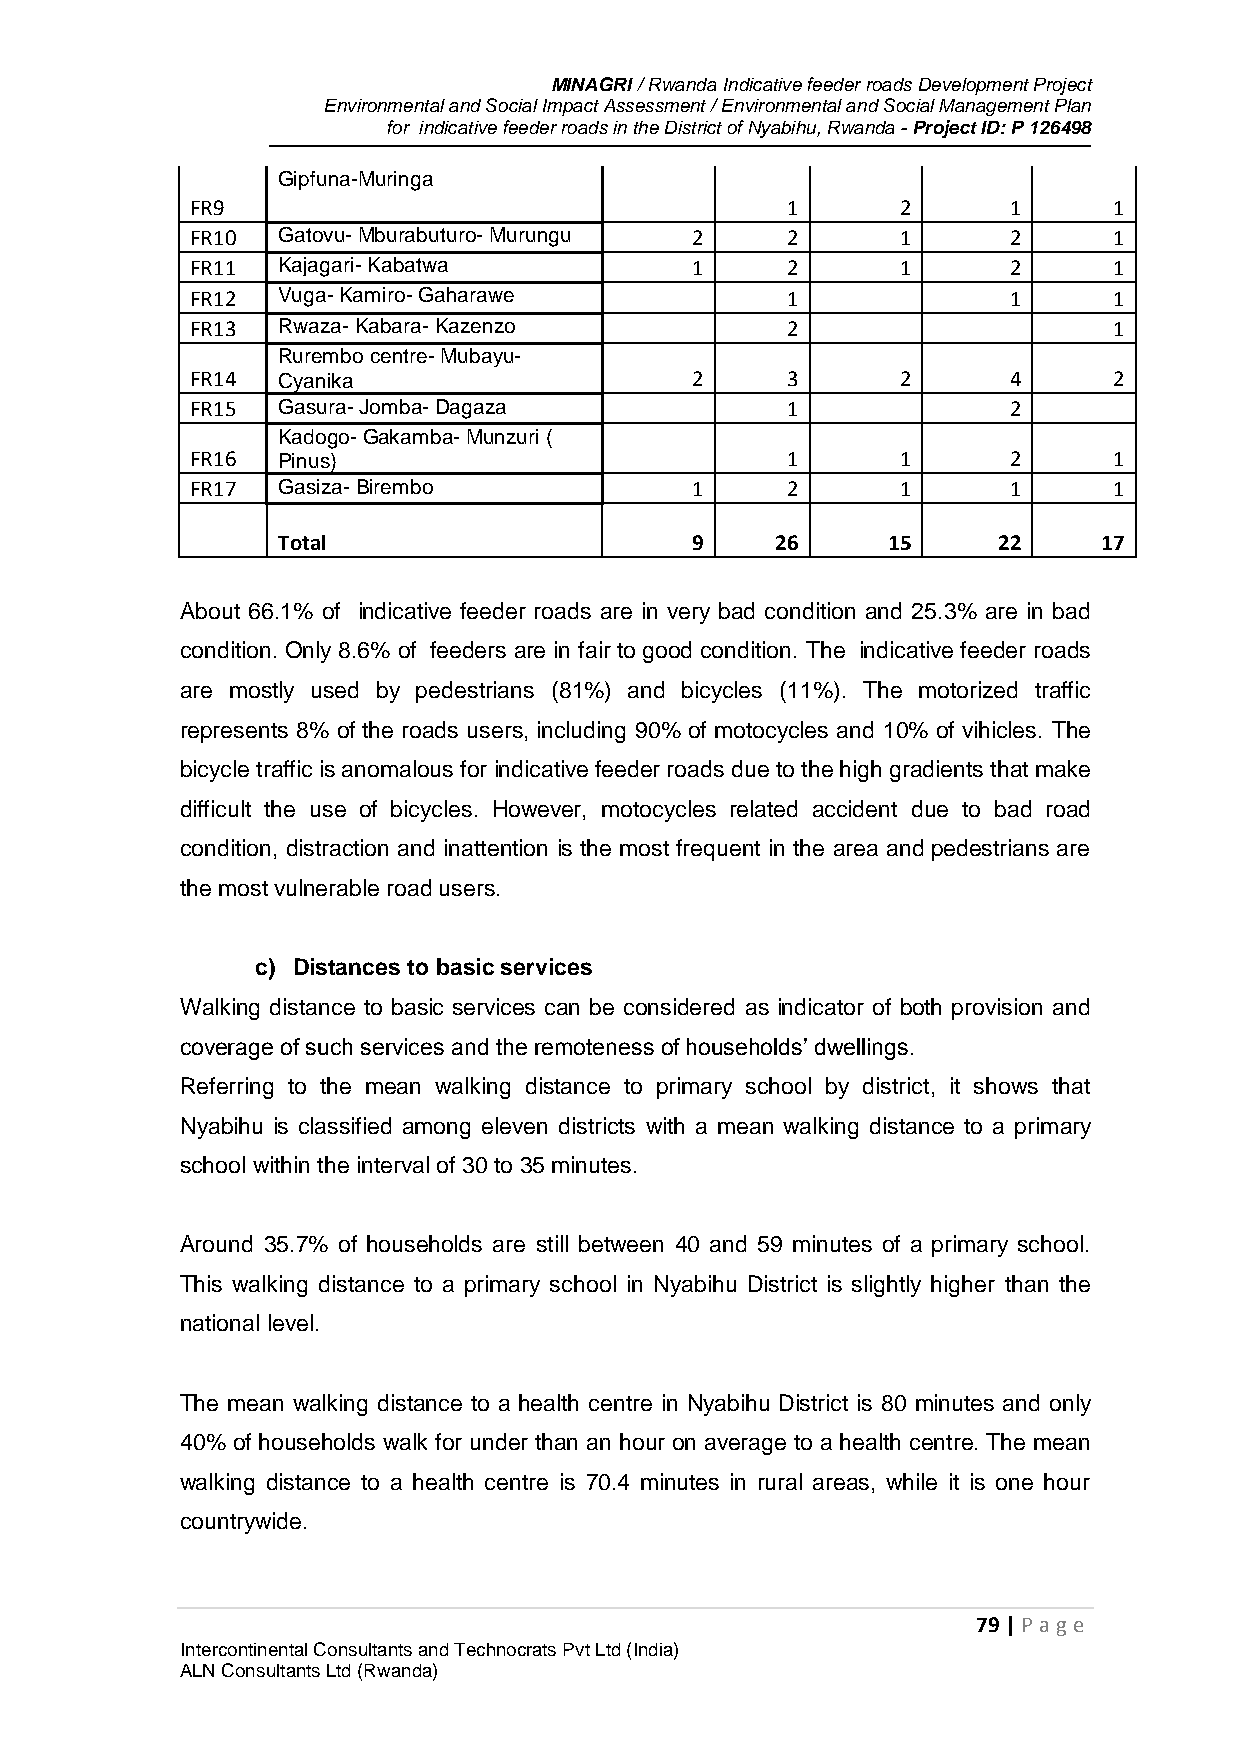
MINAGRI / Rwanda Indicative feeder roads Development Project
 Environmental and Social Impact Assessment / Environmental and Social Management Plan
 for indicative feeder roads in the District of Nyabihu, Rwanda - Project ID: P 126498
 Gipfuna-Muringa
 FR9                                    1       2      1      1
 FR10 Gatovu- Mburabuturo- Murungu 2    2       1      2      1
 FR11 Kajagari- Kabatwa           1     2       1      2      1
 FR12 Vuga- Kamiro- Gaharawe            1              1      1
 FR13 Rwaza- Kabara- Kazenzo            2                     1
 Rurembo centre- Mubayu-
 FR14 Cyanika                     2     3       2      4      2
 FR15 Gasura- Jomba- Dagaza             1              2
 Kadogo- Gakamba- Munzuri (
 FR16 Pinus)                            1       1      2      1
 FR17 Gasiza- Birembo             1     2       1      1      1
 Total                       9    26      15     22     17
 About 66.1% of indicative feeder roads are in very bad condition and 25.3% are in bad
 condition. Only 8.6% of feeders are in fair to good condition. The indicative feeder roads
 are mostly used by pedestrians (81%) and bicycles (11%). The motorized traffic
 represents 8% of the roads users, including 90% of motocycles and 10% of vihicles. The
 bicycle traffic is anomalous for indicative feeder roads due to the high gradients that make
 difficult the use of bicycles. However, motocycles related accident due to bad road
 condition, distraction and inattention is the most frequent in the area and pedestrians are
 the most vulnerable road users.
 c) Distances to basic services
 Walking distance to basic services can be considered as indicator of both provision and
 coverage of such services and the remoteness of households’ dwellings.
 Referring to the mean walking distance to primary school by district, it shows that
 Nyabihu is classified among eleven districts with a mean walking distance to a primary
 school within the interval of 30 to 35 minutes.
 Around 35.7% of households are still between 40 and 59 minutes of a primary school.
 This walking distance to a primary school in Nyabihu District is slightly higher than the
 national level.
 The mean walking distance to a health centre in Nyabihu District is 80 minutes and only
 40% of households walk for under than an hour on average to a health centre. The mean
 walking distance to a health centre is 70.4 minutes in rural areas, while it is one hour
 countrywide.
 79 | P age
 Intercontinental Consultants and Technocrats Pvt Ltd (India)
 ALN Consultants Ltd (Rwanda)